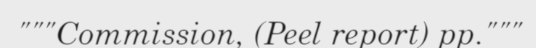
"""Commission, (Peel report) pp."""